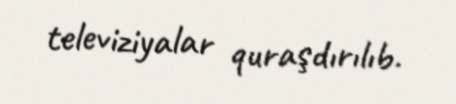
televiziyalar quraşdırılıb.